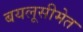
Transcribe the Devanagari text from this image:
बयलूसीमेत